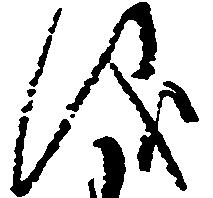
儀